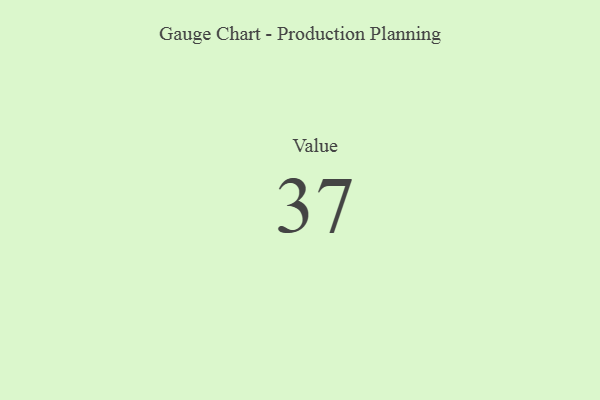
{"axis": {"x": "Metric", "y": "Value"}, "legend": [""], "data": [{"x": "Value", "y": 37, "type": ""}]}